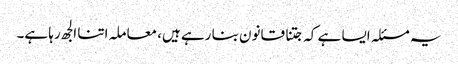
یہ مسئلہ ایسا ہے کہ جتنا قانون بنا رہے ہیں، معاملہ اتنا الجھ رہا ہے۔